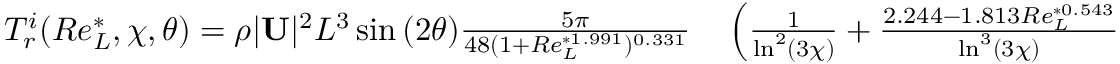
\begin{array} { r l } { T _ { r } ^ { i } ( R e _ { L } ^ { * } , \chi , \theta ) = \rho | \mathbf { U } | ^ { 2 } L ^ { 3 } \sin { ( 2 \theta ) } \frac { 5 \pi } { 4 8 ( 1 + R e _ { L } ^ { * 1 . 9 9 1 } ) ^ { 0 . 3 3 1 } } } & { { } \left( \frac { 1 } { \ln ^ { 2 } ( 3 \chi ) } + \frac { 2 . 2 4 4 - 1 . 8 1 3 R e _ { L } ^ { * 0 . 5 4 3 } } { \ln ^ { 3 } ( 3 \chi ) } \right. } \end{array}